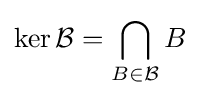
\ker {\mathcal {B}}=\bigcap _{B\in {\mathcal {B}}}B